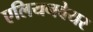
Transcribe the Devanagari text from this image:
एलियनवेयर